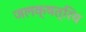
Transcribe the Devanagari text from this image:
जलक्षत्रिय